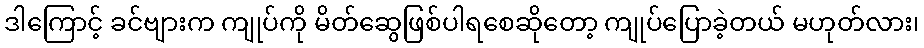
ဒါကြောင့် ခင်ဗျားက ကျုပ်ကို မိတ်ဆွေဖြစ်ပါရစေဆိုတော့ ကျုပ်ပြောခဲ့တယ် မဟုတ်လား၊